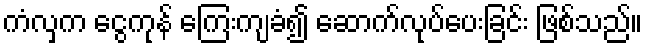
ကံလှက ငွေကုန် ကြေးကျခံ၍ ဆောက်လုပ်ပေးခြင်း ဖြစ်သည်။